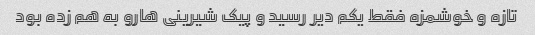
تازه و خوشمزه فقط یکم دیر رسید و پیک شیرینی هارو به هم زده بود